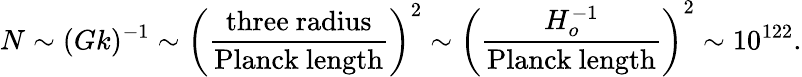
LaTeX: N\sim(Gk)^{-1}\sim\left({\frac{\mathrm{three\ radius}}{\mathrm{Planck\ length}}}\right)^{2}\sim\left({\frac{H_{o}^{-1}}{\mathrm{Planck\ length}}}\right)^{2}\sim 10^{122}.